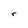
Character: r